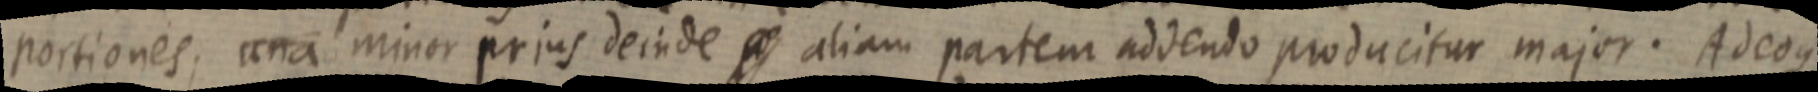
portiones, una minor prius deinde aliam partem addendo producitur major. Adeoque